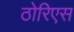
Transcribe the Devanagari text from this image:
ठोरिएस